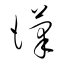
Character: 漢